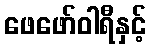
ဖေဖော်ဝါရီနှင့်